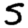
Digit: 5